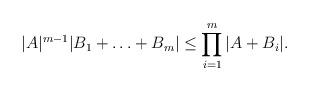
LaTeX: \begin{align*}|A|^{m-1}|B_1+\ldots +B_m| \le \prod_{i=1}^m|A + B_i|.\end{align*}